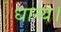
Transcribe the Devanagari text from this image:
धान्य।